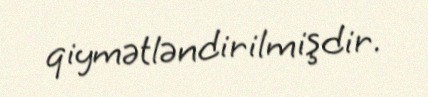
qiymətləndirilmişdir.